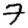
Digit: 7